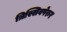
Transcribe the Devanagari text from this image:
त्रिस्सिवपेरुर